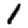
Digit: 1